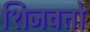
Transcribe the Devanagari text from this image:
शिजवतो